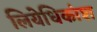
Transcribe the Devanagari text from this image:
लियेधिकांश